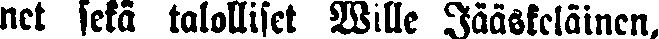
net sekä talolliset Wille Jääskeläinen,